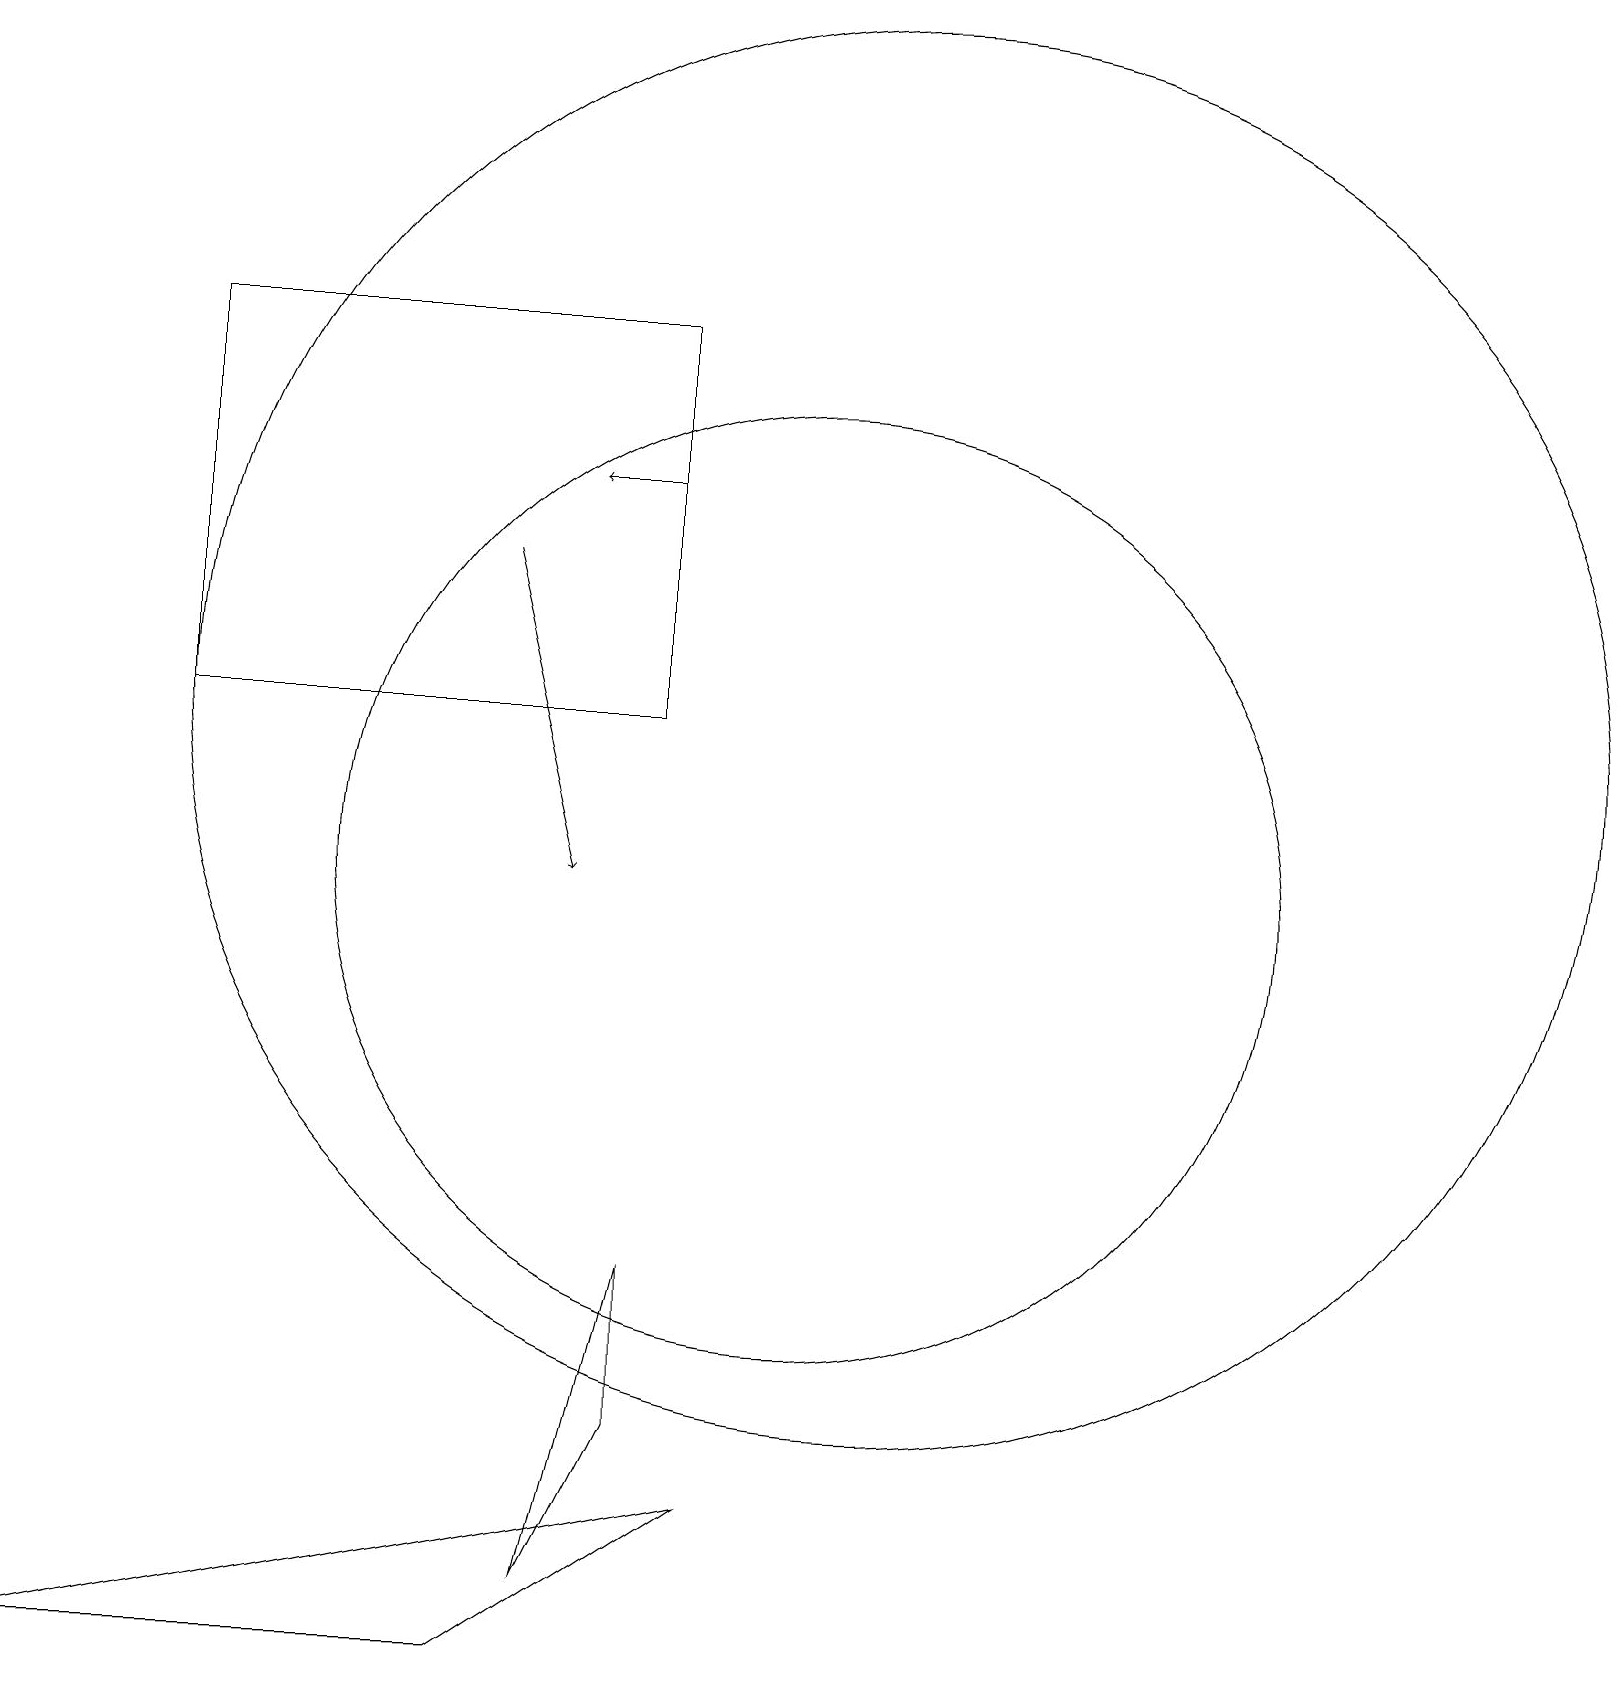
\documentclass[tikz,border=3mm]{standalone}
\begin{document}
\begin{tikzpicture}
\draw (9,2) -- (0,0) -- (6,0) -- cycle;
\draw[->] (6,14) -- (7,10);
\draw (11,12) circle (9);
\draw (2,12) rectangle (8,17);
\draw[->] (8,15) -- (7,15);
\draw (8,3) -- (8,5) -- (7,1) -- cycle;
\draw (10,10) circle (6);
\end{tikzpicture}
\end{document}